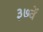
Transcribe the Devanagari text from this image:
३७वें